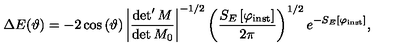
\Delta E ( \vartheta ) = - 2 \cos \left( \vartheta \right) \left| \frac { \det ^ { \prime } M } { \det M _ { 0 } } \right| ^ { - 1 / 2 } \left( \frac { S _ { E } \left[ \varphi _ { \mathrm { i n s t } } \right] } { 2 \pi } \right) ^ { 1 / 2 } e ^ { - S _ { E } \left[ \varphi _ { \mathrm { i n s t } } \right] } ,